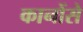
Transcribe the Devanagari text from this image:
कानोंसे